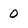
Character: 0